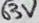
Text: 63V